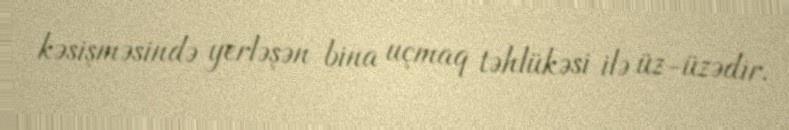
kəsişməsində yerləşən bina uçmaq təhlükəsi ilə üz-üzədir.